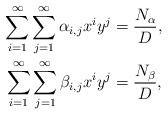
LaTeX: \begin{align*}\sum_{i=1}^\infty\sum_{j=1}^\infty\alpha_{i,j}x^iy^j &=\dfrac{N_\alpha}{D},\\\sum_{i=1}^\infty\sum_{j=1}^\infty\beta_{i,j}x^iy^j &=\dfrac{N_\beta}{D},\end{align*}